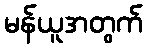
မန်ယူအတွက်